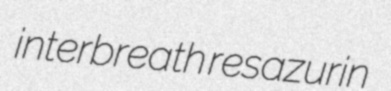
interbreath resazurin